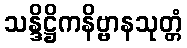
သန္ဒိဋ္ဌိကနိဗ္ဗာနသုတ္တံ